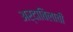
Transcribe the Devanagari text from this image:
अर्दाबिलाची